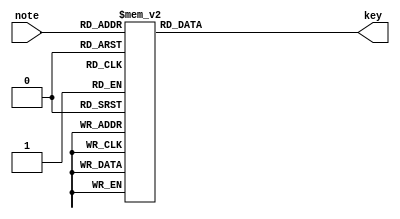
`timescale 1ns / 1ps
module Note_selector(input[4:0] note,output reg[7:0] key);
    always @(note)
    case (note)
        5'd0:key = 8'b00000000;
        5'd1,5'd8, 5'd15:key = 8'b10000000;
        5'd2,5'd9, 5'd16:key = 8'b01000000;
        5'd3,5'd10,5'd17:key = 8'b00100000;
        5'd4,5'd11,5'd18:key = 8'b00010000;
        5'd5,5'd12,5'd19:key = 8'b00001000;
        5'd6,5'd13,5'd20:key = 8'b00000100;
        5'd7,5'd14,5'd21:key = 8'b00000010;
        default:key = 8'b00000000;
    endcase 
endmodule